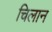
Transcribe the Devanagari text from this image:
चिलान